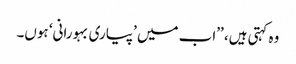
وہ کہتی ہیں، ’’اب میں ’پیاری بہورانی‘ ہوں۔